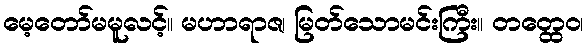
မေ့တော်မမူလင့်။ မဟာရာဇ၊ မြတ်သောမင်းကြီး။ တတ္ထေဝ၊